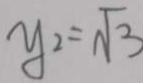
y _ { 2 } = \sqrt { 3 }